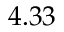
4 . 3 3